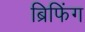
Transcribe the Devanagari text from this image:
ब्रिफिंग